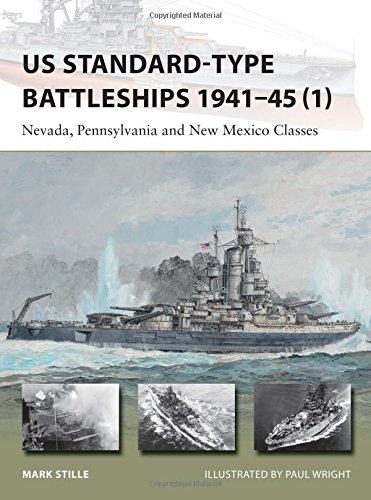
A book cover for US Standard-type Battleships 1941-45 (1): Nevada, Pennsylvania and New Mexico Classes (New Vanguard); Mark Stille; History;